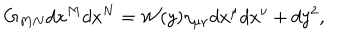
G _ { M N } d x ^ { M } d x ^ { N } = { \cal W } ( y ) \eta _ { \mu \nu } d x ^ { \mu } d x ^ { \nu } + d y ^ { 2 } ,